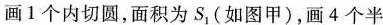
画1个内切圆，面积为S_{1}(如图甲)，画4个半